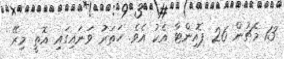
13 މެޗުން 26 ޕޮއިންޓާ އެކު އެވެ. ހަތަރު ވަނައިގައި އޮތީ މިރޭ